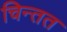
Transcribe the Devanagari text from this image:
चिन्तत